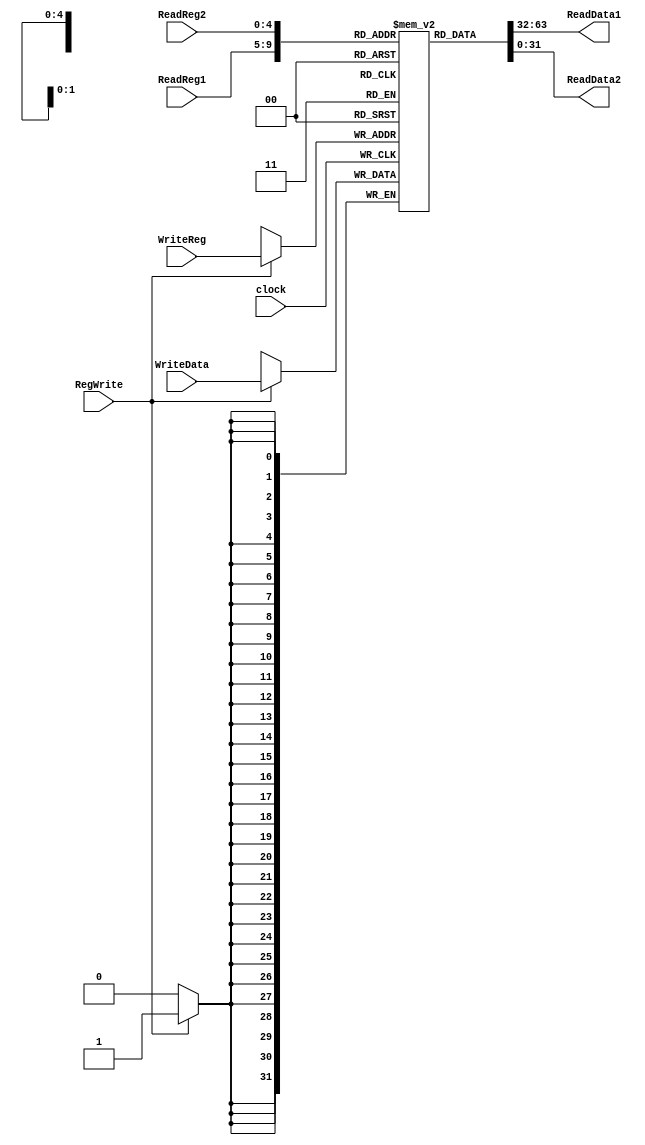
module RegFile(clock, RegWrite, ReadReg1, ReadReg2, WriteReg, WriteData, ReadData1, ReadData2);

	input clock;
	input RegWrite;
	
	input [4:0] ReadReg1, ReadReg2, WriteReg;
	input [31:0] WriteData;
		
	output [31:0] ReadData1, ReadData2;
	
	reg [31:0] reg_mem [0:31];
	initial begin
		reg_mem[0] <= 0;
		reg_mem[1] <= 8;
		reg_mem[2] <= 20;
	end
	assign ReadData1 = reg_mem[ReadReg1];
	assign ReadData2 = reg_mem[ReadReg2];
	
	always @(posedge clock) begin
		if (RegWrite == 1)
			reg_mem[WriteReg] = WriteData;
	end	
endmodule